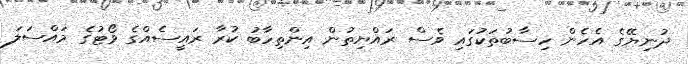
ދުނިޔޭގެ އެހެން ހިސާބުތަކުގައި ވެސް ރައްޔިތުން އިންތިހާބު ކުރާ ރައީސެއްގެ ވޯޓުގެ މައްސަލަ